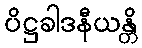
ပိဋ္ဌခါဒနီယန္တိ